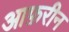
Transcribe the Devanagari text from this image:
आफ़रीन